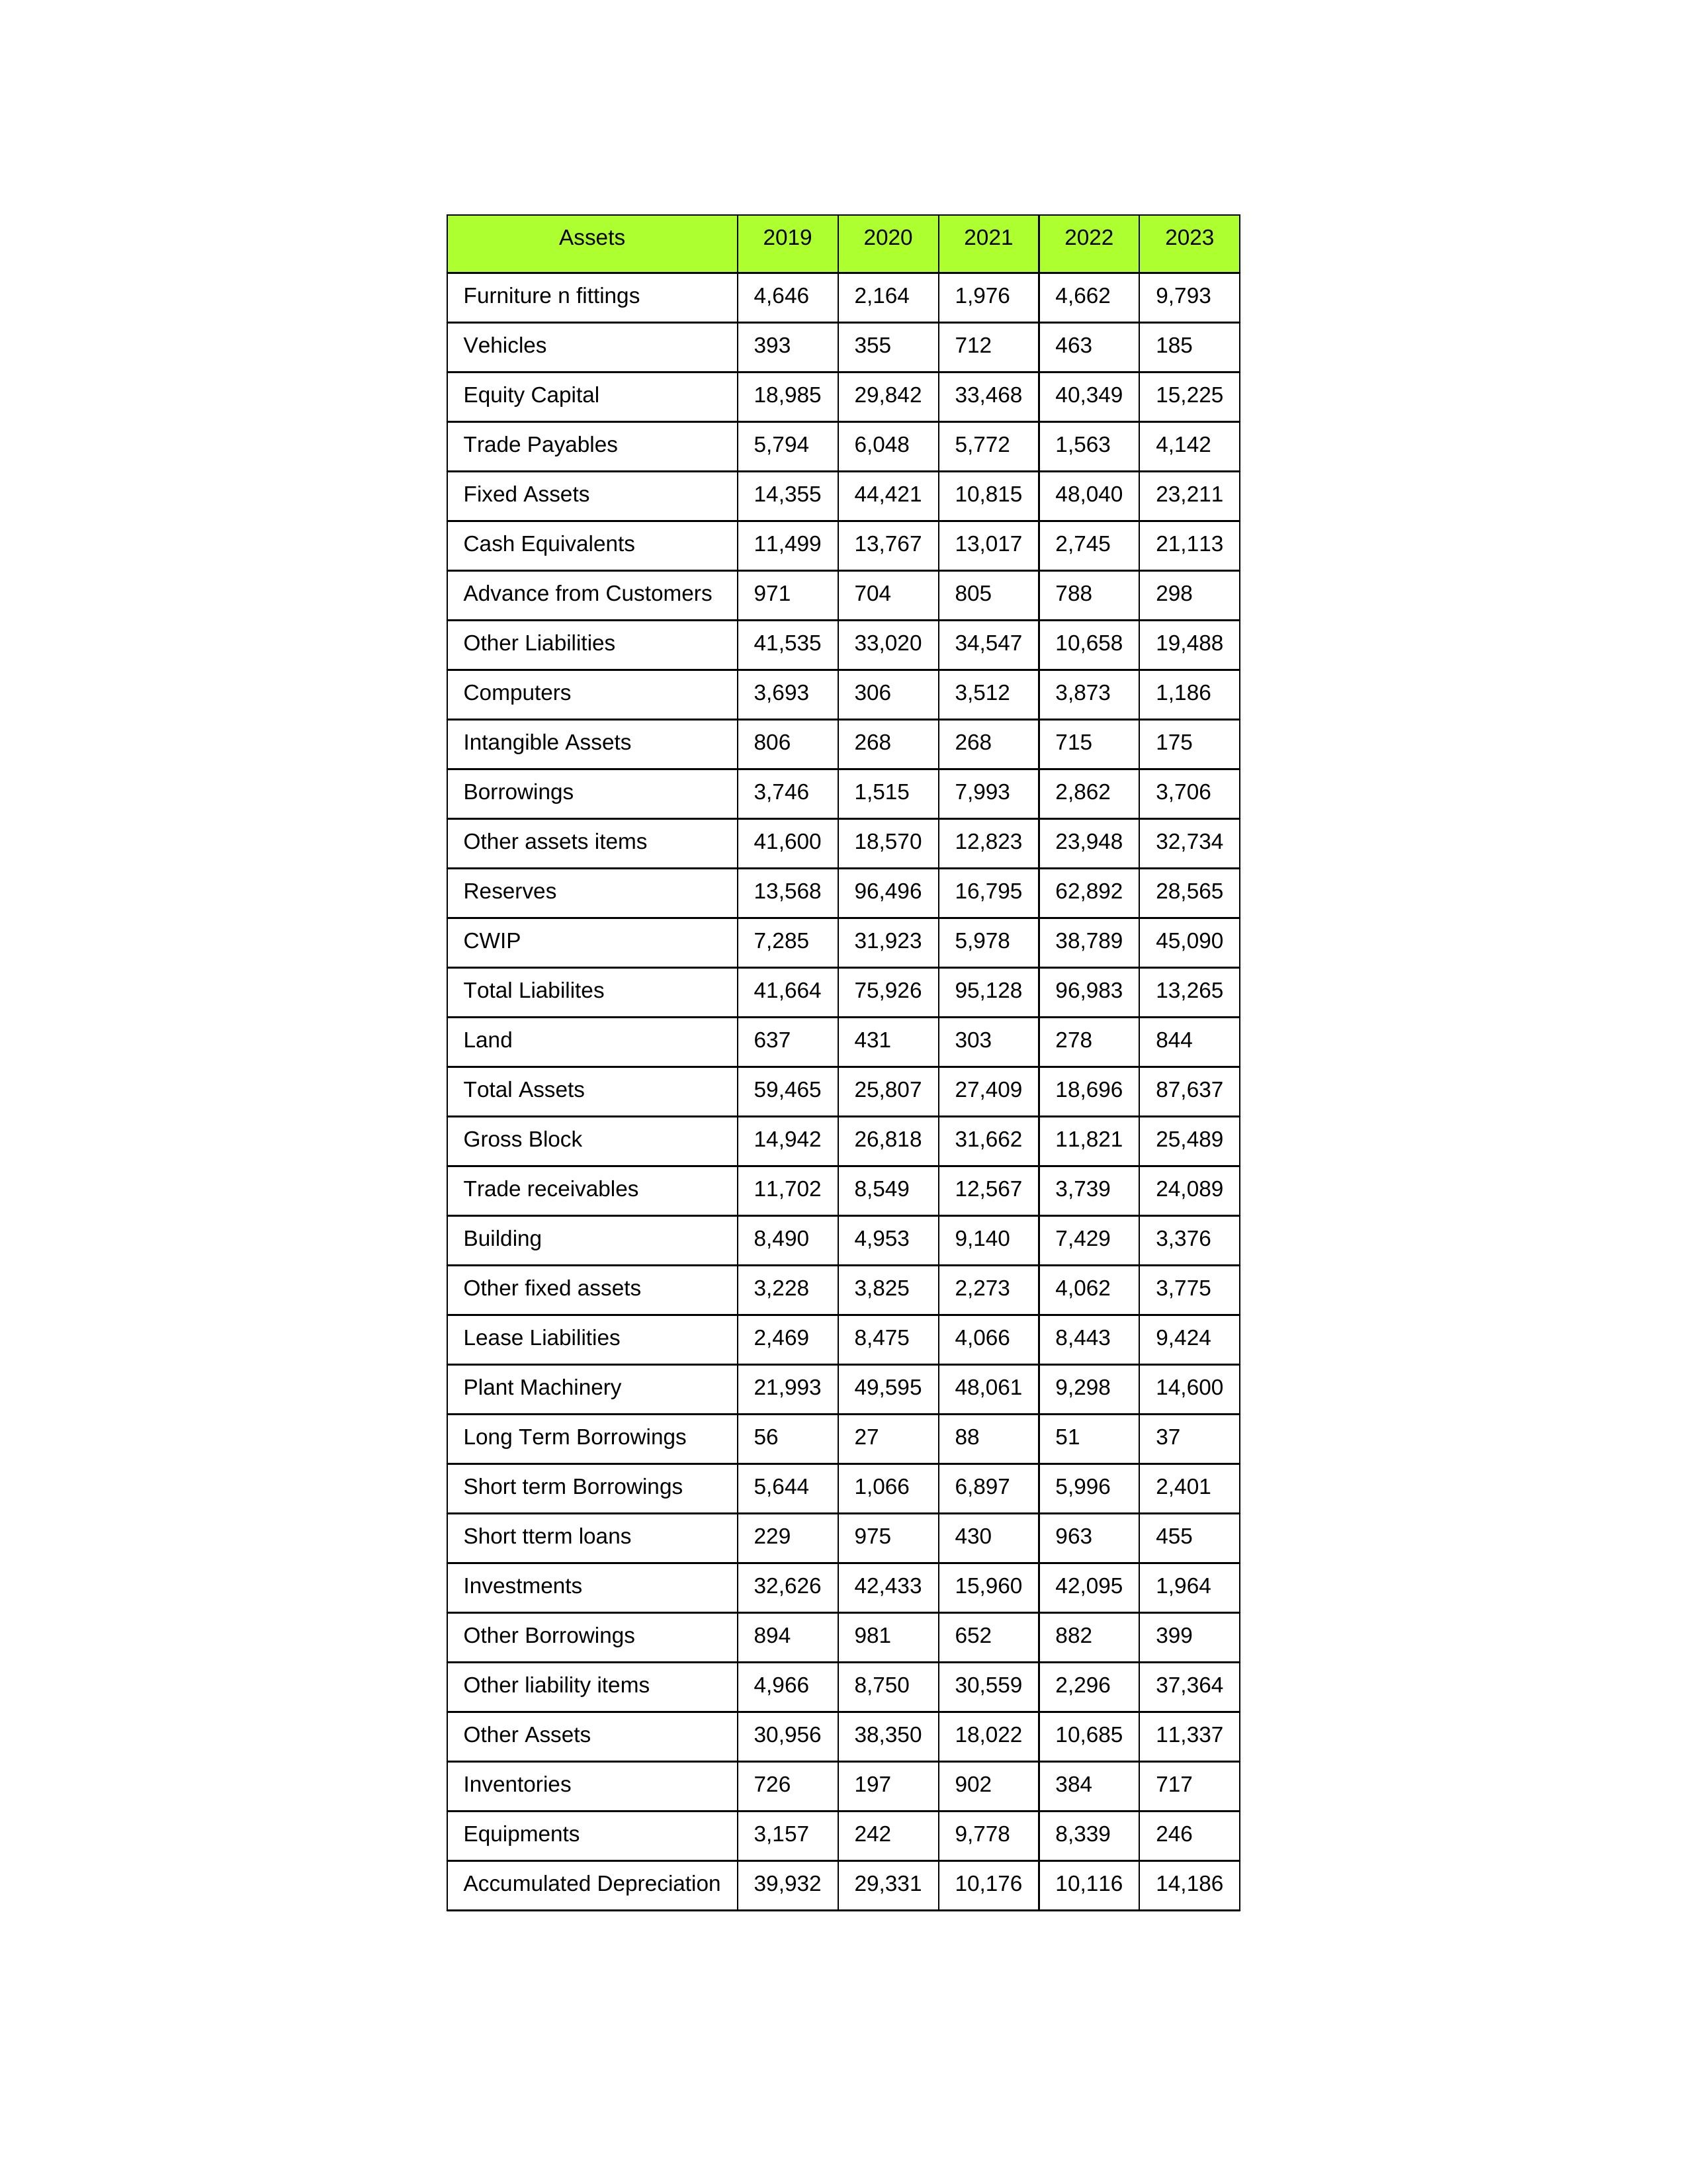
gt_parse: 2019: Equity Capital: 18,985
Reserves: 13,568
Borrowings: 3,746
Long Term Borrowings: 56
Short term Borrowings: 5,644
Lease Liabilities: 2,469
Other Borrowings: 894
Other Liabilities: 41,535
Trade Payables: 5,794
Advance from Customers: 971
Other liability items: 4,966
Total Liabilites: 41,664
Fixed Assets: 14,355
Land: 637
Building: 8,490
Plant Machinery: 21,993
Equipments: 3,157
Computers: 3,693
Furniture n fittings: 4,646
Vehicles: 393
Intangible Assets: 806
Other fixed assets: 3,228
Gross Block: 14,942
Accumulated Depreciation: 39,932
CWIP: 7,285
Investments: 32,626
Other Assets: 30,956
Inventories: 726
Trade receivables: 11,702
Cash Equivalents: 11,499
Short tterm loans: 229
Other assets items: 41,600
Total Assets: 59,465
2020: Equity Capital: 29,842
Reserves: 96,496
Borrowings: 1,515
Long Term Borrowings: 27
Short term Borrowings: 1,066
Lease Liabilities: 8,475
Other Borrowings: 981
Other Liabilities: 33,020
Trade Payables: 6,048
Advance from Customers: 704
Other liability items: 8,750
Total Liabilites: 75,926
Fixed Assets: 44,421
Land: 431
Building: 4,953
Plant Machinery: 49,595
Equipments: 242
Computers: 306
Furniture n fittings: 2,164
Vehicles: 355
Intangible Assets: 268
Other fixed assets: 3,825
Gross Block: 26,818
Accumulated Depreciation: 29,331
CWIP: 31,923
Investments: 42,433
Other Assets: 38,350
Inventories: 197
Trade receivables: 8,549
Cash Equivalents: 13,767
Short tterm loans: 975
Other assets items: 18,570
Total Assets: 25,807
2021: Equity Capital: 33,468
Reserves: 16,795
Borrowings: 7,993
Long Term Borrowings: 88
Short term Borrowings: 6,897
Lease Liabilities: 4,066
Other Borrowings: 652
Other Liabilities: 34,547
Trade Payables: 5,772
Advance from Customers: 805
Other liability items: 30,559
Total Liabilites: 95,128
Fixed Assets: 10,815
Land: 303
Building: 9,140
Plant Machinery: 48,061
Equipments: 9,778
Computers: 3,512
Furniture n fittings: 1,976
Vehicles: 712
Intangible Assets: 268
Other fixed assets: 2,273
Gross Block: 31,662
Accumulated Depreciation: 10,176
CWIP: 5,978
Investments: 15,960
Other Assets: 18,022
Inventories: 902
Trade receivables: 12,567
Cash Equivalents: 13,017
Short tterm loans: 430
Other assets items: 12,823
Total Assets: 27,409
2022: Equity Capital: 40,349
Reserves: 62,892
Borrowings: 2,862
Long Term Borrowings: 51
Short term Borrowings: 5,996
Lease Liabilities: 8,443
Other Borrowings: 882
Other Liabilities: 10,658
Trade Payables: 1,563
Advance from Customers: 788
Other liability items: 2,296
Total Liabilites: 96,983
Fixed Assets: 48,040
Land: 278
Building: 7,429
Plant Machinery: 9,298
Equipments: 8,339
Computers: 3,873
Furniture n fittings: 4,662
Vehicles: 463
Intangible Assets: 715
Other fixed assets: 4,062
Gross Block: 11,821
Accumulated Depreciation: 10,116
CWIP: 38,789
Investments: 42,095
Other Assets: 10,685
Inventories: 384
Trade receivables: 3,739
Cash Equivalents: 2,745
Short tterm loans: 963
Other assets items: 23,948
Total Assets: 18,696
2023: Equity Capital: 15,225
Reserves: 28,565
Borrowings: 3,706
Long Term Borrowings: 37
Short term Borrowings: 2,401
Lease Liabilities: 9,424
Other Borrowings: 399
Other Liabilities: 19,488
Trade Payables: 4,142
Advance from Customers: 298
Other liability items: 37,364
Total Liabilites: 13,265
Fixed Assets: 23,211
Land: 844
Building: 3,376
Plant Machinery: 14,600
Equipments: 246
Computers: 1,186
Furniture n fittings: 9,793
Vehicles: 185
Intangible Assets: 175
Other fixed assets: 3,775
Gross Block: 25,489
Accumulated Depreciation: 14,186
CWIP: 45,090
Investments: 1,964
Other Assets: 11,337
Inventories: 717
Trade receivables: 24,089
Cash Equivalents: 21,113
Short tterm loans: 455
Other assets items: 32,734
Total Assets: 87,637